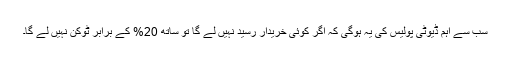
سب سے اہم ڈیوٹی پولیس کی یہ ہوگی کہ اگر کوئی خریدار رسید نہیں لے گا تو ساتھ 20% کے برابر ٹوکن نہیں لے گا۔